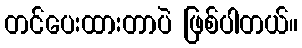
တင်ပေးထားတာပဲ ဖြစ်ပါတယ်။